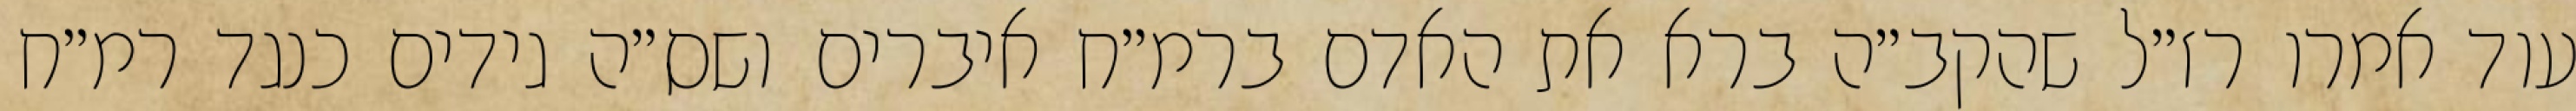
עוד אמרו רז״ל שהקב״ה ברא את האדם ברמ״ח איברים ושס״ה גידים כנגד רמ״ח